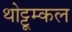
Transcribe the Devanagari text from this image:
थोट्टूम्कल